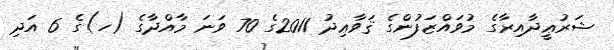
ޝަރުޢީދާއިރާގެ މުވައްޒަފުންގެ ޤަވާޢިދު 2011ގެ 70 ވަނަ މާއްދާގެ (ހ)ގެ 6 އަދި